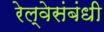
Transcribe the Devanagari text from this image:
रेल्वेसंबंधी